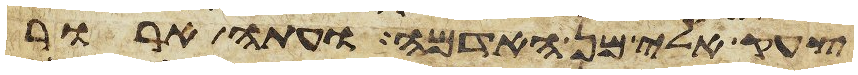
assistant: צעק אלי מן האדמה ועתה ארור